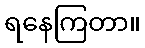
ရနေကြတာ။